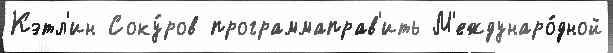
Кэтл'ин Соку́ров программаправ'ить М'еждунаро́дной